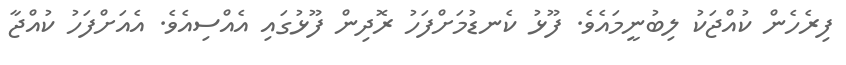
ފިރެހެން ކުއްޖަކު ލިބުނީމައެވެ. ފޫޅު ކެނޑުމަށްފަހު ރޮދިން ފޫޅުގައި އެއްސިއެވެ. އެއަށްފަހު ކުއްޖާ